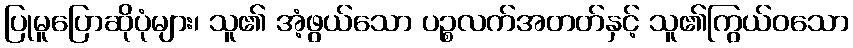
ပြုမူပြောဆိုပုံများ၊ သူ၏ အံ့ဖွယ်သော ပဉ္စလက်အတတ်နှင့် သူ၏ကြွယ်ဝသော